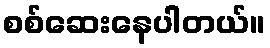
စစ်ဆေးနေပါတယ်။